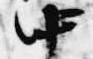
中